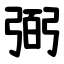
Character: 弼